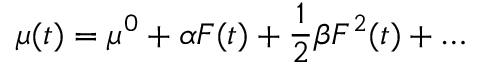
\mu ( t ) = \mu ^ { 0 } + \alpha F ( t ) + \frac { 1 } { 2 } \beta F ^ { 2 } ( t ) + \ldots